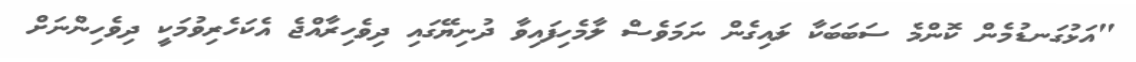
"އަޅުގަނޑުމެން ކޮންމެ ސަބަބަކާ ލައިގެން ނަމަވެސް ލާމެހިފައިވާ ދުނިޔޭގައި ދިވެހިރާއްޖެ އެކަހެރިވުމަކީ ދިވެހިންނަށް